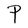
Character: P